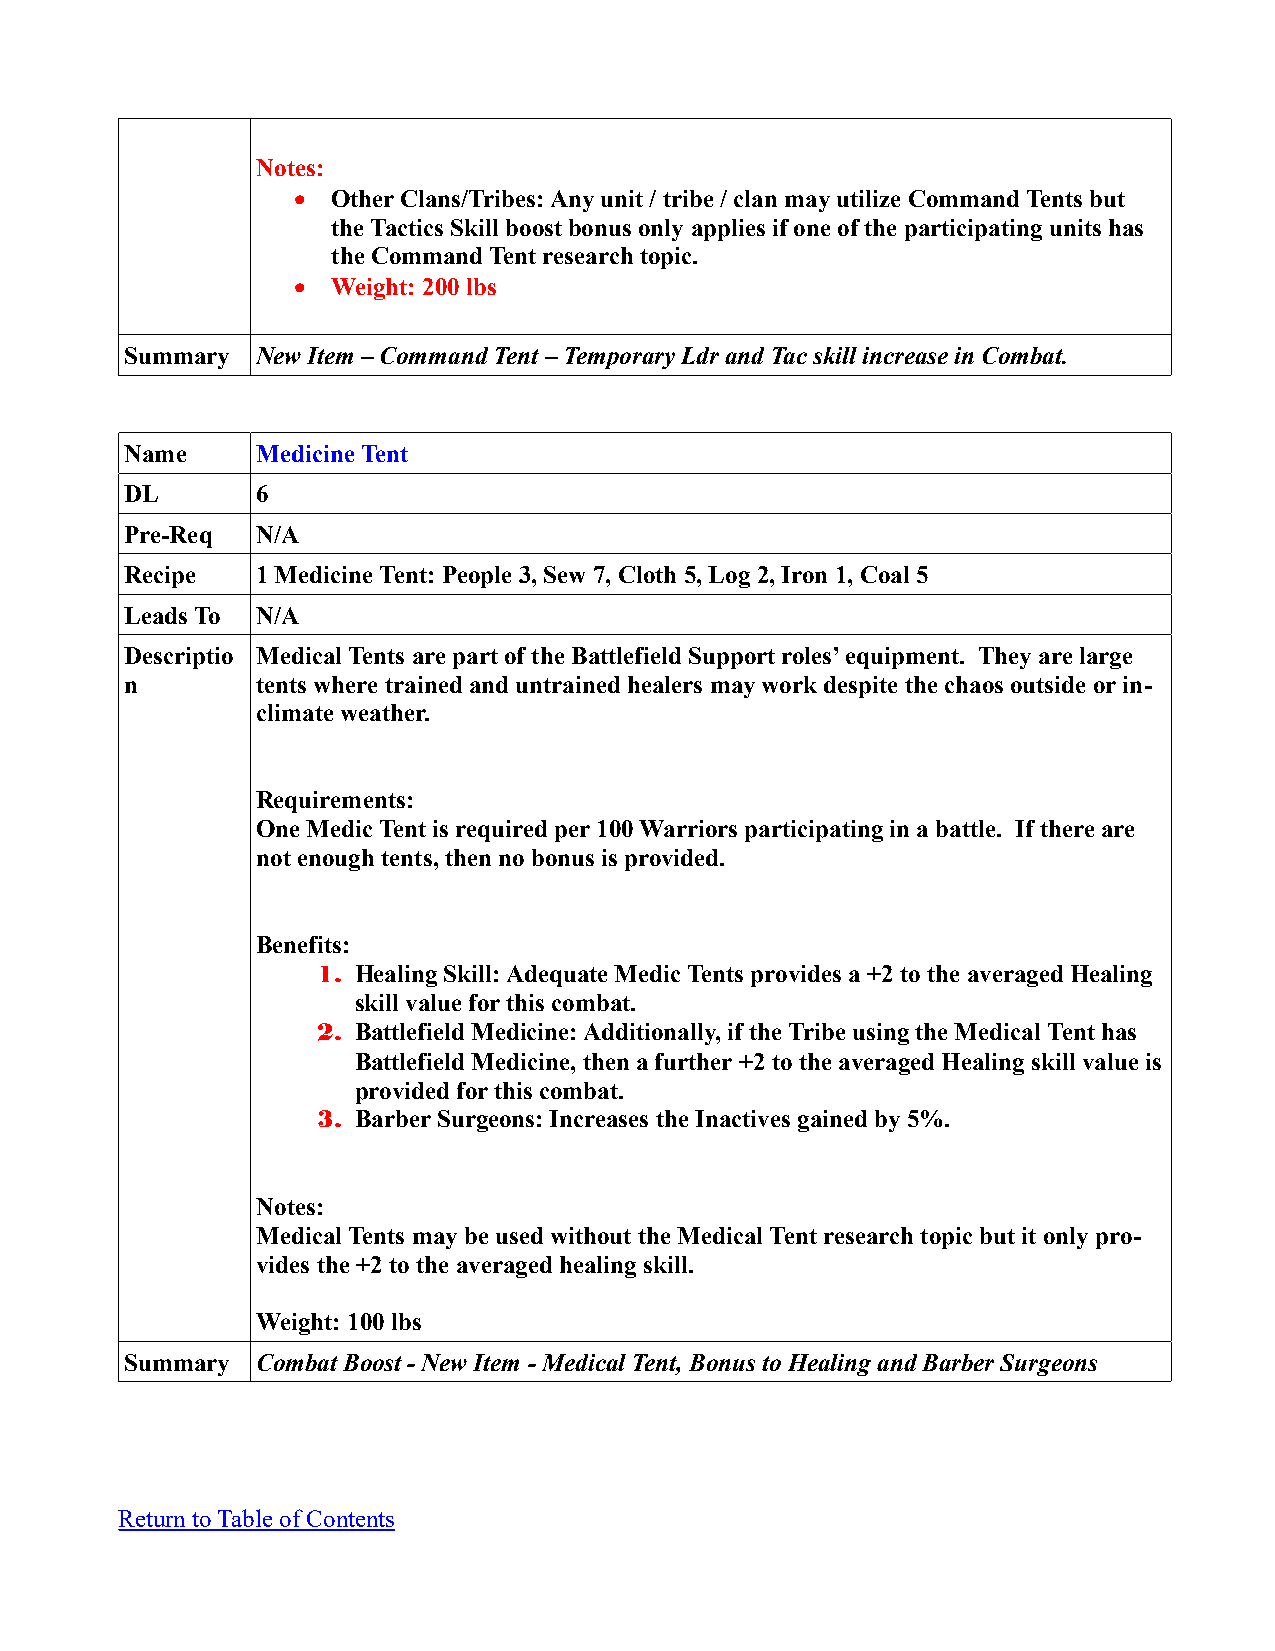
Notes:
   Other Clans/Tribes: Any unit / tribe / clan may utilize Command Tents but
 the Tactics Skill boost bonus only applies if one of the participating units has
 the Command Tent research topic.
   Weight: 200 lbs
 Summary  New Item – Command Tent – Temporary Ldr and Tac skill increase in Combat.
 Name     Medicine Tent
 DL       6
 Pre-Req  N/A
 Recipe   1 Medicine Tent: People 3, Sew 7, Cloth 5, Log 2, Iron 1, Coal 5
 Leads To N/A
 Descriptio Medical Tents are part of the Battlefield Support roles’ equipment. They are large
 n        tents where trained and untrained healers may work despite the chaos outside or in-
 climate weather.
 Requirements:
 One Medic Tent is required per 100 Warriors participating in a battle. If there are
 not enough tents, then no bonus is provided.
 Benefits:
 1. Healing Skill: Adequate Medic Tents provides a +2 to the averaged Healing
 skill value for this combat.
 2. Battlefield Medicine: Additionally, if the Tribe using the Medical Tent has
 Battlefield Medicine, then a further +2 to the averaged Healing skill value is
 provided for this combat.
 3. Barber Surgeons: Increases the Inactives gained by 5%.
 Notes:
 Medical Tents may be used without the Medical Tent research topic but it only pro-
 vides the +2 to the averaged healing skill.
 Weight: 100 lbs
 Summary  Combat Boost - New Item - Medical Tent, Bonus to Healing and Barber Surgeons
 Return to Table of Contents